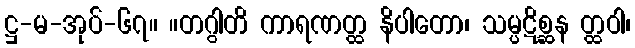
ဋ္ဌ-မ-အုပ်-၆၇။ ။တဂွါတိ ကာရဏတ္ထ နိပါတော၊ သမ္ပဋိစ္ဆန တ္ထဝါ၊